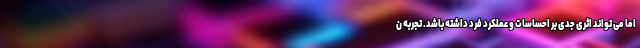
اما می تواند اثری جدی بر احساسات و عملکرد فرد داشته باشد. تجربه ن